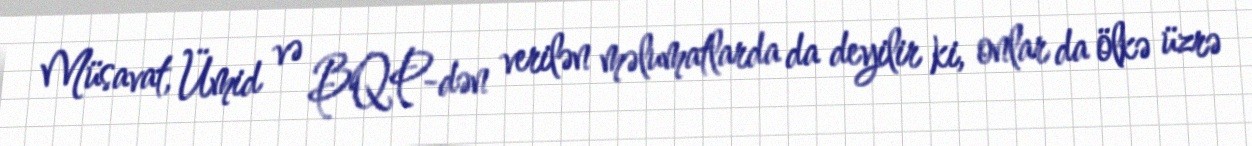
Müsavat, Ümid və BQP-dən verilən məlumatlarda da deyilir ki, onlar da ölkə üzrə